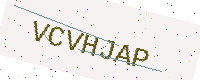
Text: VCVHJAP